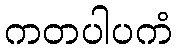
ကတပါပကံ